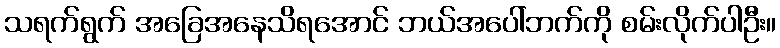
သရက်ရွက် အခြေအနေသိရအောင် ဘယ်အပေါ်ဘက်ကို စမ်းလိုက်ပါဦး။